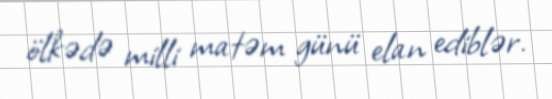
ölkədə milli matəm günü elan ediblər.